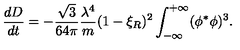
{ \frac { d D } { d t } } = - { \frac { \sqrt { 3 } } { 6 4 \pi } } { \frac { \lambda ^ { 4 } } { m } } ( 1 - \xi _ { R } ) ^ { 2 } \int _ { - \infty } ^ { + \infty } ( \phi ^ { * } \phi ) ^ { 3 } .